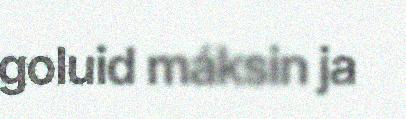
goluid máksin ja